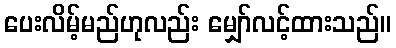
ပေးလိမ့်မည်ဟုလည်း မျှော်လင့်ထားသည်။